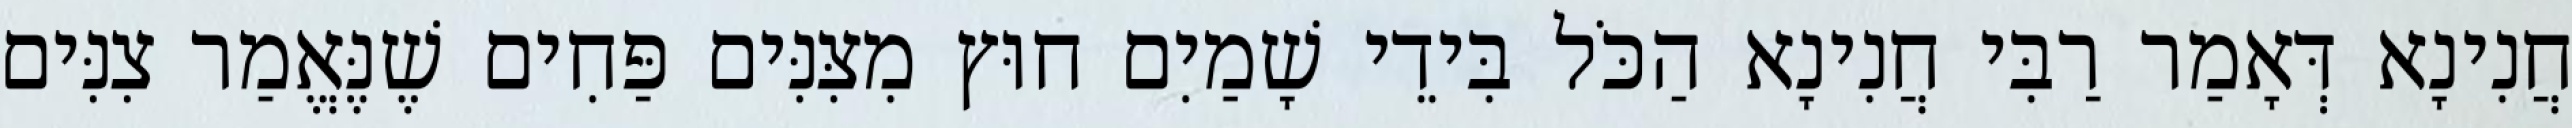
חֲנִינָא דְּאָמַר רַבִּי חֲנִינָא הַכֹּל בִּידֵי שָׁמַיִם חוּץ מִצִּנִּים פַּחִים שֶׁנֶּאֱמַר צִנִּים